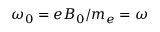
\omega _ { 0 } = e B _ { 0 } / m _ { e } = \omega